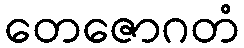
တေဇောဂတံ